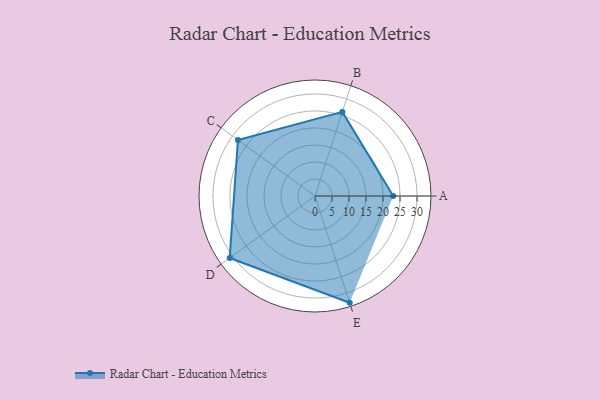
{"axis": {"x": "Skill", "y": "Score"}, "legend": ["Profile"], "data": [{"x": "A", "y": 23.0, "type": "Profile"}, {"x": "B", "y": 26.0, "type": "Profile"}, {"x": "C", "y": 28.0, "type": "Profile"}, {"x": "D", "y": 31.0, "type": "Profile"}, {"x": "E", "y": 33.0, "type": "Profile"}]}